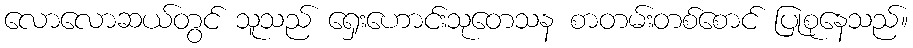
လောလောဆယ်တွင် သူသည် ရှေးဟောင်းသုတေသန စာတမ်းတစ်စောင် ပြုစုနေသည်။